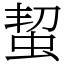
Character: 蛪